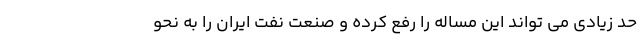
حد زیادی می تواند این مساله را رفع کرده و صنعت نفت ایران را به نحو